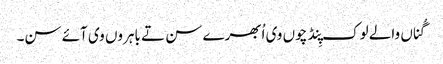
گُناں والے لوک پِنڈ چوں وی اُبھرے سن تے باہروں وی آئے سن۔